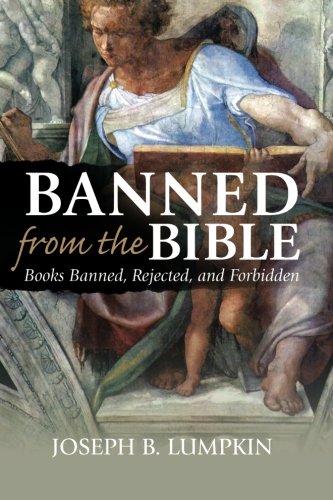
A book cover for Banned From The Bible: Books Banned, Rejected, And Forbidden; Joseph B. Lumpkin; Christian Books & Bibles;